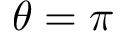
\theta = \pi